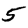
Digit: 5